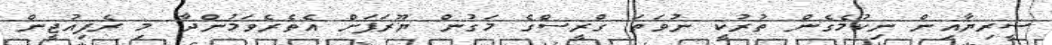
ސީރިޔާއިން ނިކުމެގެން ތުރުކީ ނުވަތަ ގްރީސްގެ މަގުން ޔޫރަޕަށް އެތެރެވަމުންދާ މި ރެފިއުޖީން